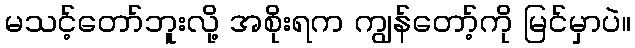
မသင့်တော်ဘူးလို့ အစိုးရက ကျွန်တော့်ကို မြင်မှာပဲ။